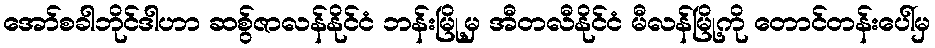
အော်စခါဘိုင်ဒါဟာ ဆစွ်ဇာလန်နိုင်ငံ ဘန်းမြို့မှ အီတလီနိုင်ငံ မီလန်မြို့ကို တောင်တန်းပေါ်မှ